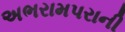
અભરામપરાની